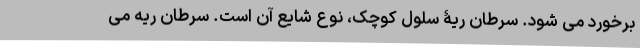
برخورد می شود. سرطان ریۀ سلول کوچک، نوع شایع آن است. سرطان ریه می